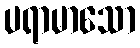
ပရာမာသော